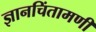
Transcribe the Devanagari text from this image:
ज्ञानचिंतामणी